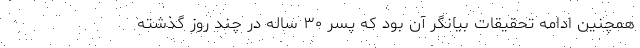
همچنین ادامه تحقیقات بیانگر آن بود که پسر ۳۰ ساله در چند روز گذشته